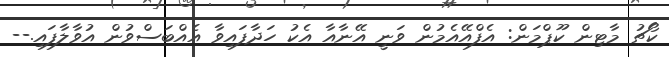
ކޯޗު މާޓިން ކޫޕްމަން: އެފްއޭއެމުން ވަނީ އޭނާއާ އެކު ހަދާފައިވާ އެއްބަސްވުން އުވާލާފައި.--